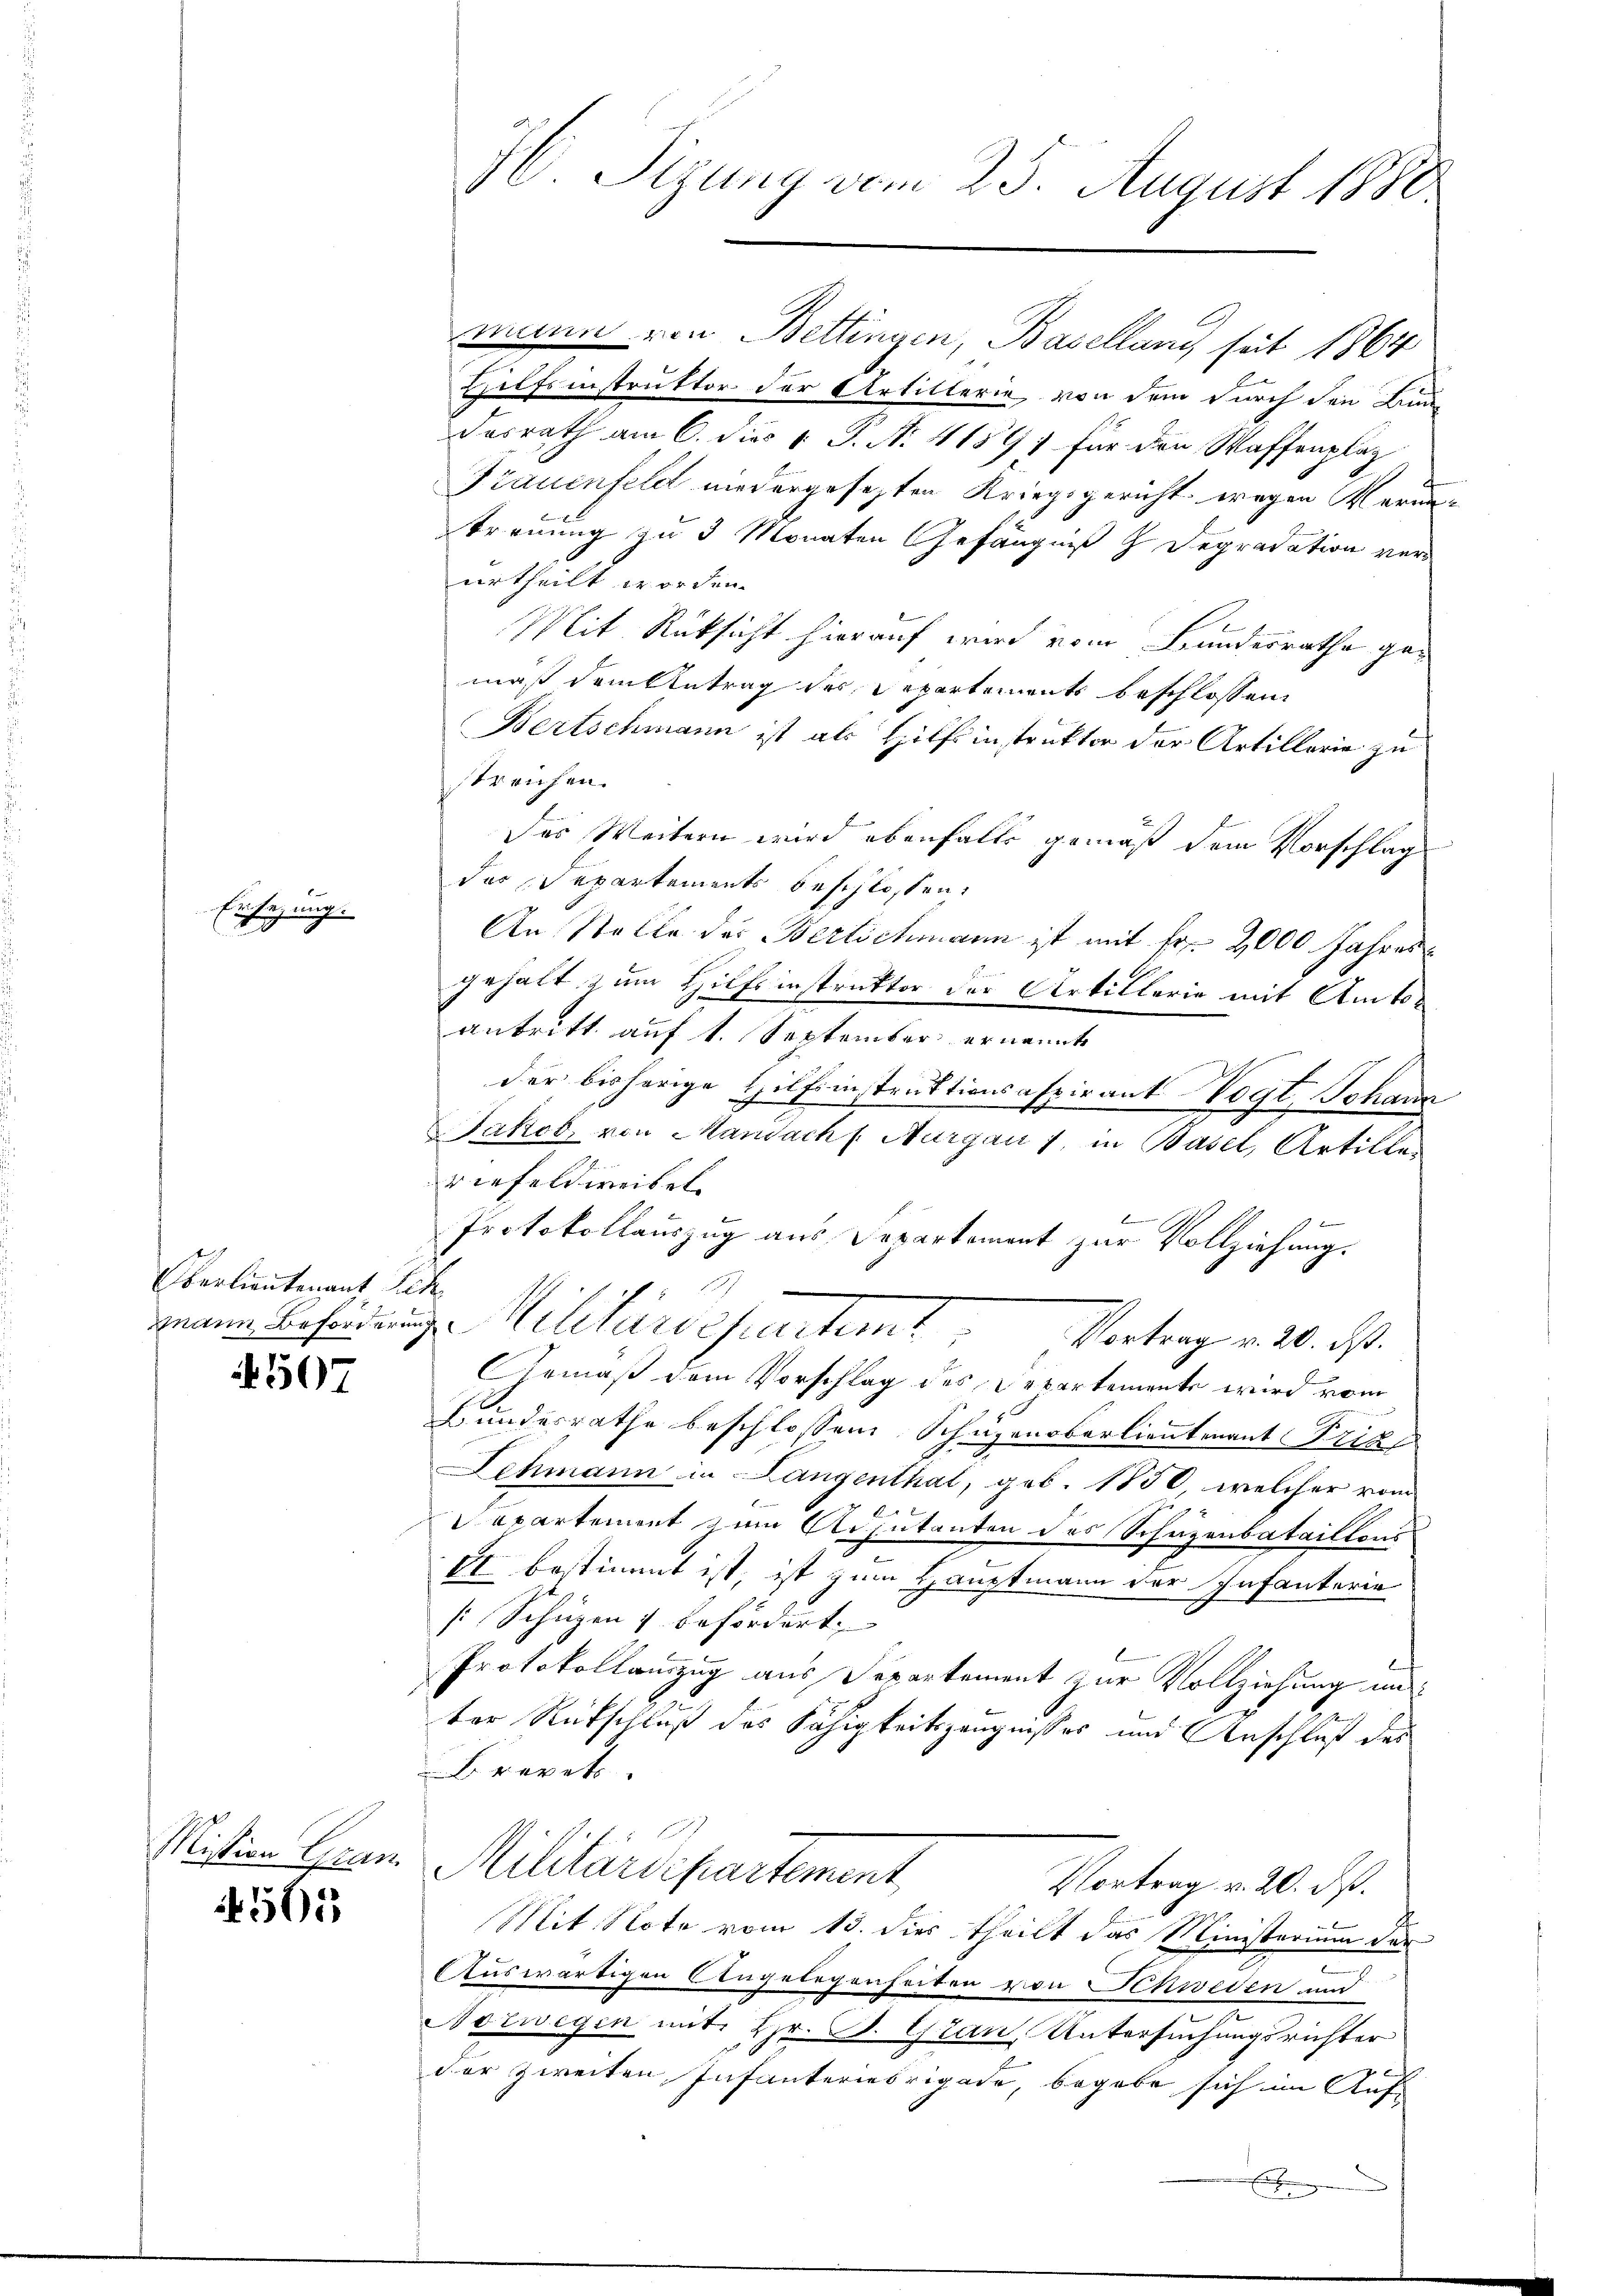
sezung.
E

Oberlieutenant Sch

507

Mission Gran

4565

H. Sizung vom 25. August 1880

mann von Bettingen, Baselland seit 1864
Hilfsinstruktor der Artillerie von dem durch den Bun¬
Dasrath am 6. dies v. P. N. 4189) für den Waffenplaz
Frauenfeld niedergesetzten Kriegsgericht wegen Veruntreuung zu 3 Monaten Gefängniß h Depredation ver
urtheilt worden.
Mit Rüksicht hierauf wird vom Bundesrathe gemäß dem Antrag des Repartements beschlossen
Bertschmann ist als Hilfsinstrukter der Artillarie zu
streichen.
Das Weitern wird ebenfalls gemäß dem Vorschlag
das Repartements beschlossen:
An Stelle der Bertschmann ist mit Fr. 2000 Jahres
n
gehalt zum Hilfsinstruktor der Artillorie mit Amtsantritt auf 1. September ernannte
der bisherige Hilf instruktionsaspirant Vogt, Johann
Jakob, von Mandach s. Aargau 1 in Basel, Artille
riefeldweibel
Protokollauszug aus Departement zur Vollziehung.
mann Besonderung Militärdeparteme
Vortrag v. 20. ds.
Gemäß dem Vorschlag des Departemente wird vom
Bundesrathe beschlossen Schuzenoberlieutenant Frik
Lehmann in Langenthal, geb. 1850, welcher vom
epartement zum Adjutanten des Schuzenbataillons
E. bestimmt ist, ist zum Hauptmann der Infanterie
sSchüzen & befördert.
Protokollauszug aus Separtement zur Vollziehung und
ter Rückschluß des Fähigkeitszeugnisses und Anschluß des
Brevet
Militärdepartement
Vortrag v. 20. ds.
Mit Note vom 13. dies theilt das Ministerium der
Auswärtigen Angelegenheiten von Schweden und
Norwegen mit Hr. P. Gran, Untersuchungsrichter
c
der zweiten Infanteriebrigade, begabe sich im Auf-
x